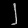
Digit: ၂